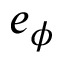
\boldsymbol { e } _ { \phi }